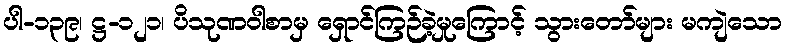
ပါ-၁၃၉၊ ဋ္ဌ-၁၂၁၊ ပိသုဏဝါစာမှ ရှောင်ကြဉ်ခဲ့မှုကြောင့် သွားတော်များ မကျဲသော